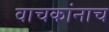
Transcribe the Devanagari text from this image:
वाचकांनाच